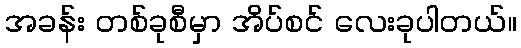
အခန်း တစ်ခုစီမှာ အိပ်စင် လေးခုပါတယ်။